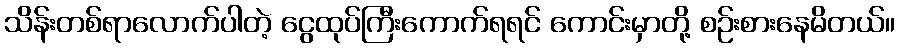
သိန်းတစ်ရာလောက်ပါတဲ့ ငွေထုပ်ကြီးကောက်ရရင် ကောင်းမှာတို့ စဉ်းစားနေမိတယ်။